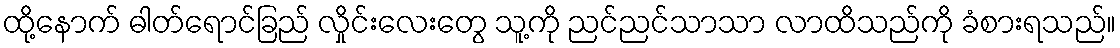
ထို့နောက် ဓါတ်ရောင်ခြည် လှိုင်းလေးတွေ သူ့ကို ညင်ညင်သာသာ လာထိသည်ကို ခံစားရသည်။